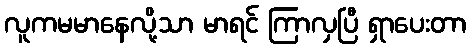
လူကမမာနေလို့သာ မာရင် ကြာလှပြီ ရှာပေးတာ